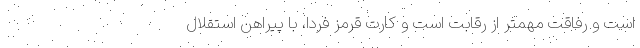
است و رفاقت مهمتر از رقابت است و کارت قرمز فردا، با پیراهن استقلال